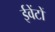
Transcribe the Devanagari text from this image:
ईवेंटों